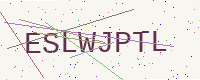
Text: ESLWJPTL